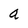
Character: a